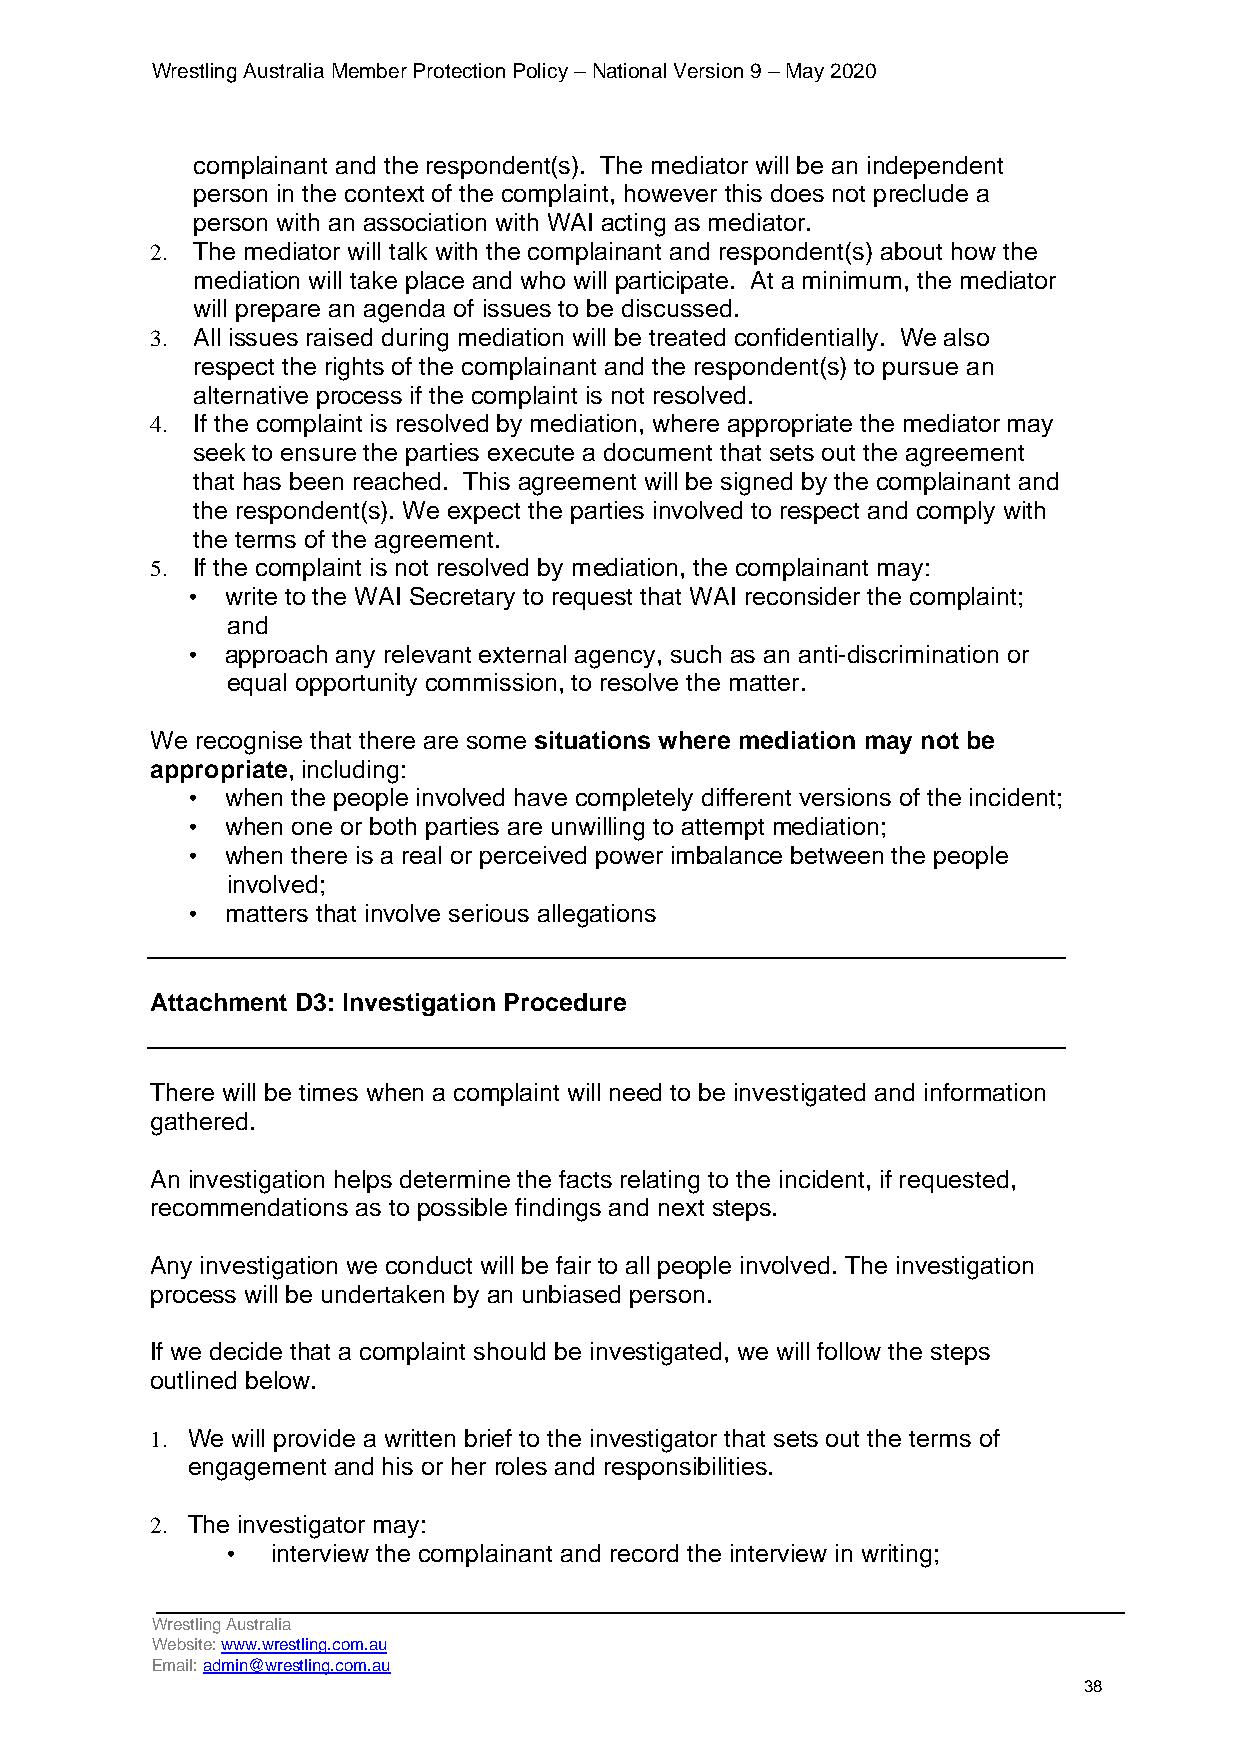
Wrestling Australia Member Protection Policy – National Version 9 – May 2020
 complainant and the respondent(s). The mediator will be an independent
 person in the context of the complaint, however this does not preclude a
 person with an association with WAI acting as mediator.
 2. The mediator will talk with the complainant and respondent(s) about how the
 mediation will take place and who will participate. At a minimum, the mediator
 will prepare an agenda of issues to be discussed.
 3. All issues raised during mediation will be treated confidentially. We also
 respect the rights of the complainant and the respondent(s) to pursue an
 alternative process if the complaint is not resolved.
 4. If the complaint is resolved by mediation, where appropriate the mediator may
 seek to ensure the parties execute a document that sets out the agreement
 that has been reached. This agreement will be signed by the complainant and
 the respondent(s). We expect the parties involved to respect and comply with
 the terms of the agreement.
 5. If the complaint is not resolved by mediation, the complainant may:
 • write to the WAI Secretary to request that WAI reconsider the complaint;
 and
 • approach any relevant external agency, such as an anti-discrimination or
 equal opportunity commission, to resolve the matter.
 We recognise that there are some situations where mediation may not be
 appropriate, including:
 • when the people involved have completely different versions of the incident;
 • when one or both parties are unwilling to attempt mediation;
 • when there is a real or perceived power imbalance between the people
 involved;
 • matters that involve serious allegations
 Attachment D3: Investigation Procedure
 There will be times when a complaint will need to be investigated and information
 gathered.
 An investigation helps determine the facts relating to the incident, if requested,
 recommendations as to possible findings and next steps.
 Any investigation we conduct will be fair to all people involved. The investigation
 process will be undertaken by an unbiased person.
 If we decide that a complaint should be investigated, we will follow the steps
 outlined below.
 1. We will provide a written brief to the investigator that sets out the terms of
 engagement and his or her roles and responsibilities.
 2. The investigator may:
 •  interview the complainant and record the interview in writing;
 Wrestling Australia
 Website: www.wrestling.com.au
 Email: admin@wrestling.com.au
 38